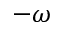
- \omega